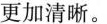
更加清晰。